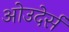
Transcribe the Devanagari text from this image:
ओउदेर्स